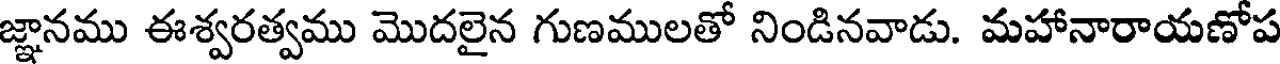
జ్ఞానము ఈశ్వరత్వము మొదలైన గుణములతో నిండినవాడు. మహానారాయణోప